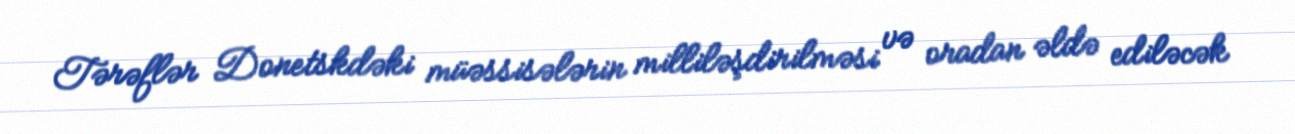
Tərəflər Donetskdəki müəssisələrin milliləşdirilməsi və oradan əldə ediləcək